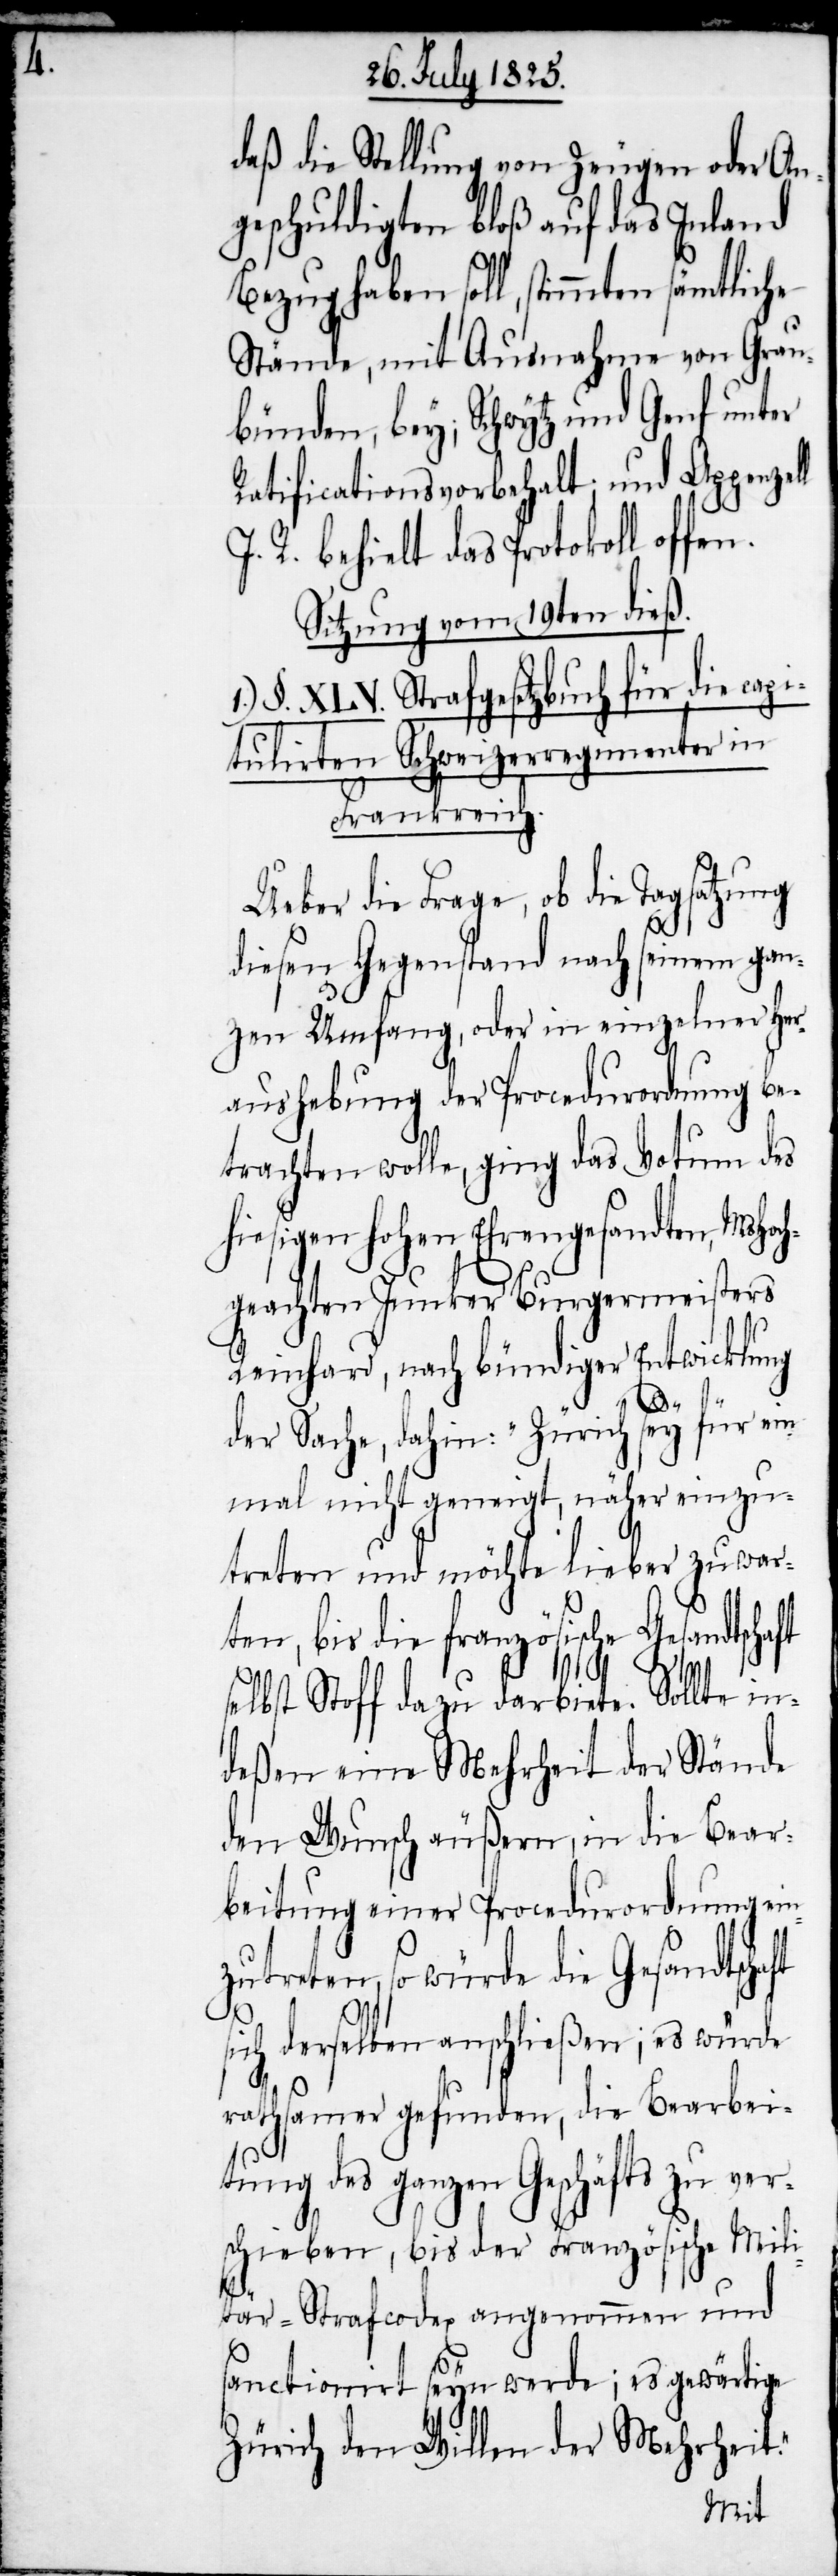
daß die Stellung von Zeugen oder An¬
geschuldigten bloß auf das Inland
Bezug haben soll, stimmten
Stände, mit Ausnahme von Grau¬
bünden, bey; Schwytz und Genf unter
Ratificationsvorbehalt; und Appenzell
R. behielt das Protokoll offen.
Sitzung vom 19ten dieß.
1.) §. XLV. Strafgesetzbuch für die capi¬
tulirten Schweizerregimenter in
Frankreich.
Ueber die Frage, ob die Tagsatzung
diesen Gegenstand nach seinem gan¬
zen Umfang, oder in einzelner Her¬
aushebung der Procedurordnung be¬
trachten wolle, ging das Votum des
hiesigen hohen Ehrengesandten, MsHoch¬
geachten Junker Burgermeisters
Reinhard, nach bündiger Entwicklung
s¬
der Sache, dahin: Zürich sey für ein¬
mal nicht geneigt, näher einzu¬
treten und möchte lieber zuwar¬
ten, bis die französische Gesandtsch¬
elbst Stoff dazu darbiete. Sollte in¬
deßen eine Mehrheit der Stände
den Wunsch äußern, in die Bear¬
beitung einer Procedurordnung ein¬
zutreten, so würde die Gesandtscha¬
ft
sich derselben anschließen; es würde
rathsamer gefunden, die Bearbei¬
tung des ganzen Geschäfts zu ver¬
schieben, bis der Französische Mili¬
tär-Strafcodex angenommen und
sanctionirt seyn werde, es gewärtige
Zürich den Willen der Mehrheit.